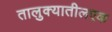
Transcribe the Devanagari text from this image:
तालुक्यातीलएक